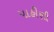
પાહીણી